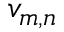
v _ { m , n }